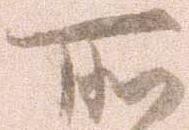
所